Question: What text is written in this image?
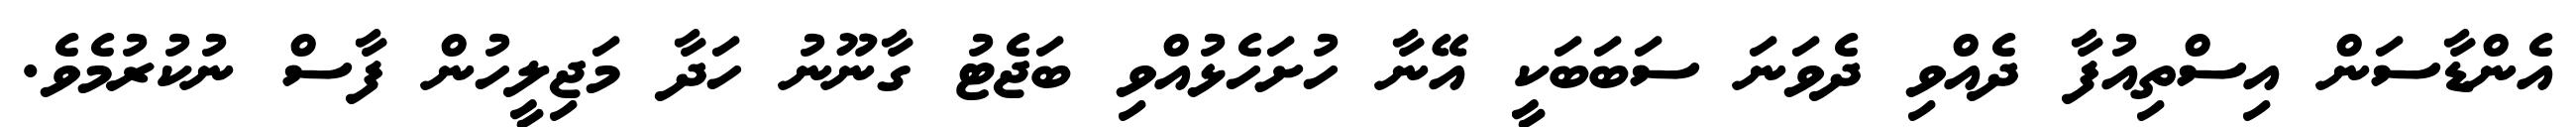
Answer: އެންޑާސަން އިސްތިއުފާ ދެއްވި ދެވަނަ ސަބަބަކީ އޭނާ ހުށަހެޅުއްވި ބަޖެޓު ގާނޫނު ހަދާ މަޖިލީހުން ފާސް ނުކުރުމެވެ.